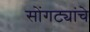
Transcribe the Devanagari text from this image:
सोंगट्यांचे